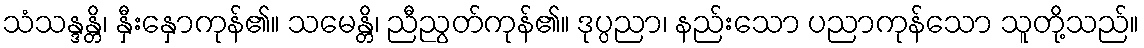
သံသန္ဒန္တိ၊ နှီးနှောကုန်၏။ သမေန္တိ၊ ညီညွတ်ကုန်၏။ ဒုပ္ပညာ၊ နည်းသော ပညာကုန်သော သူတို့သည်။